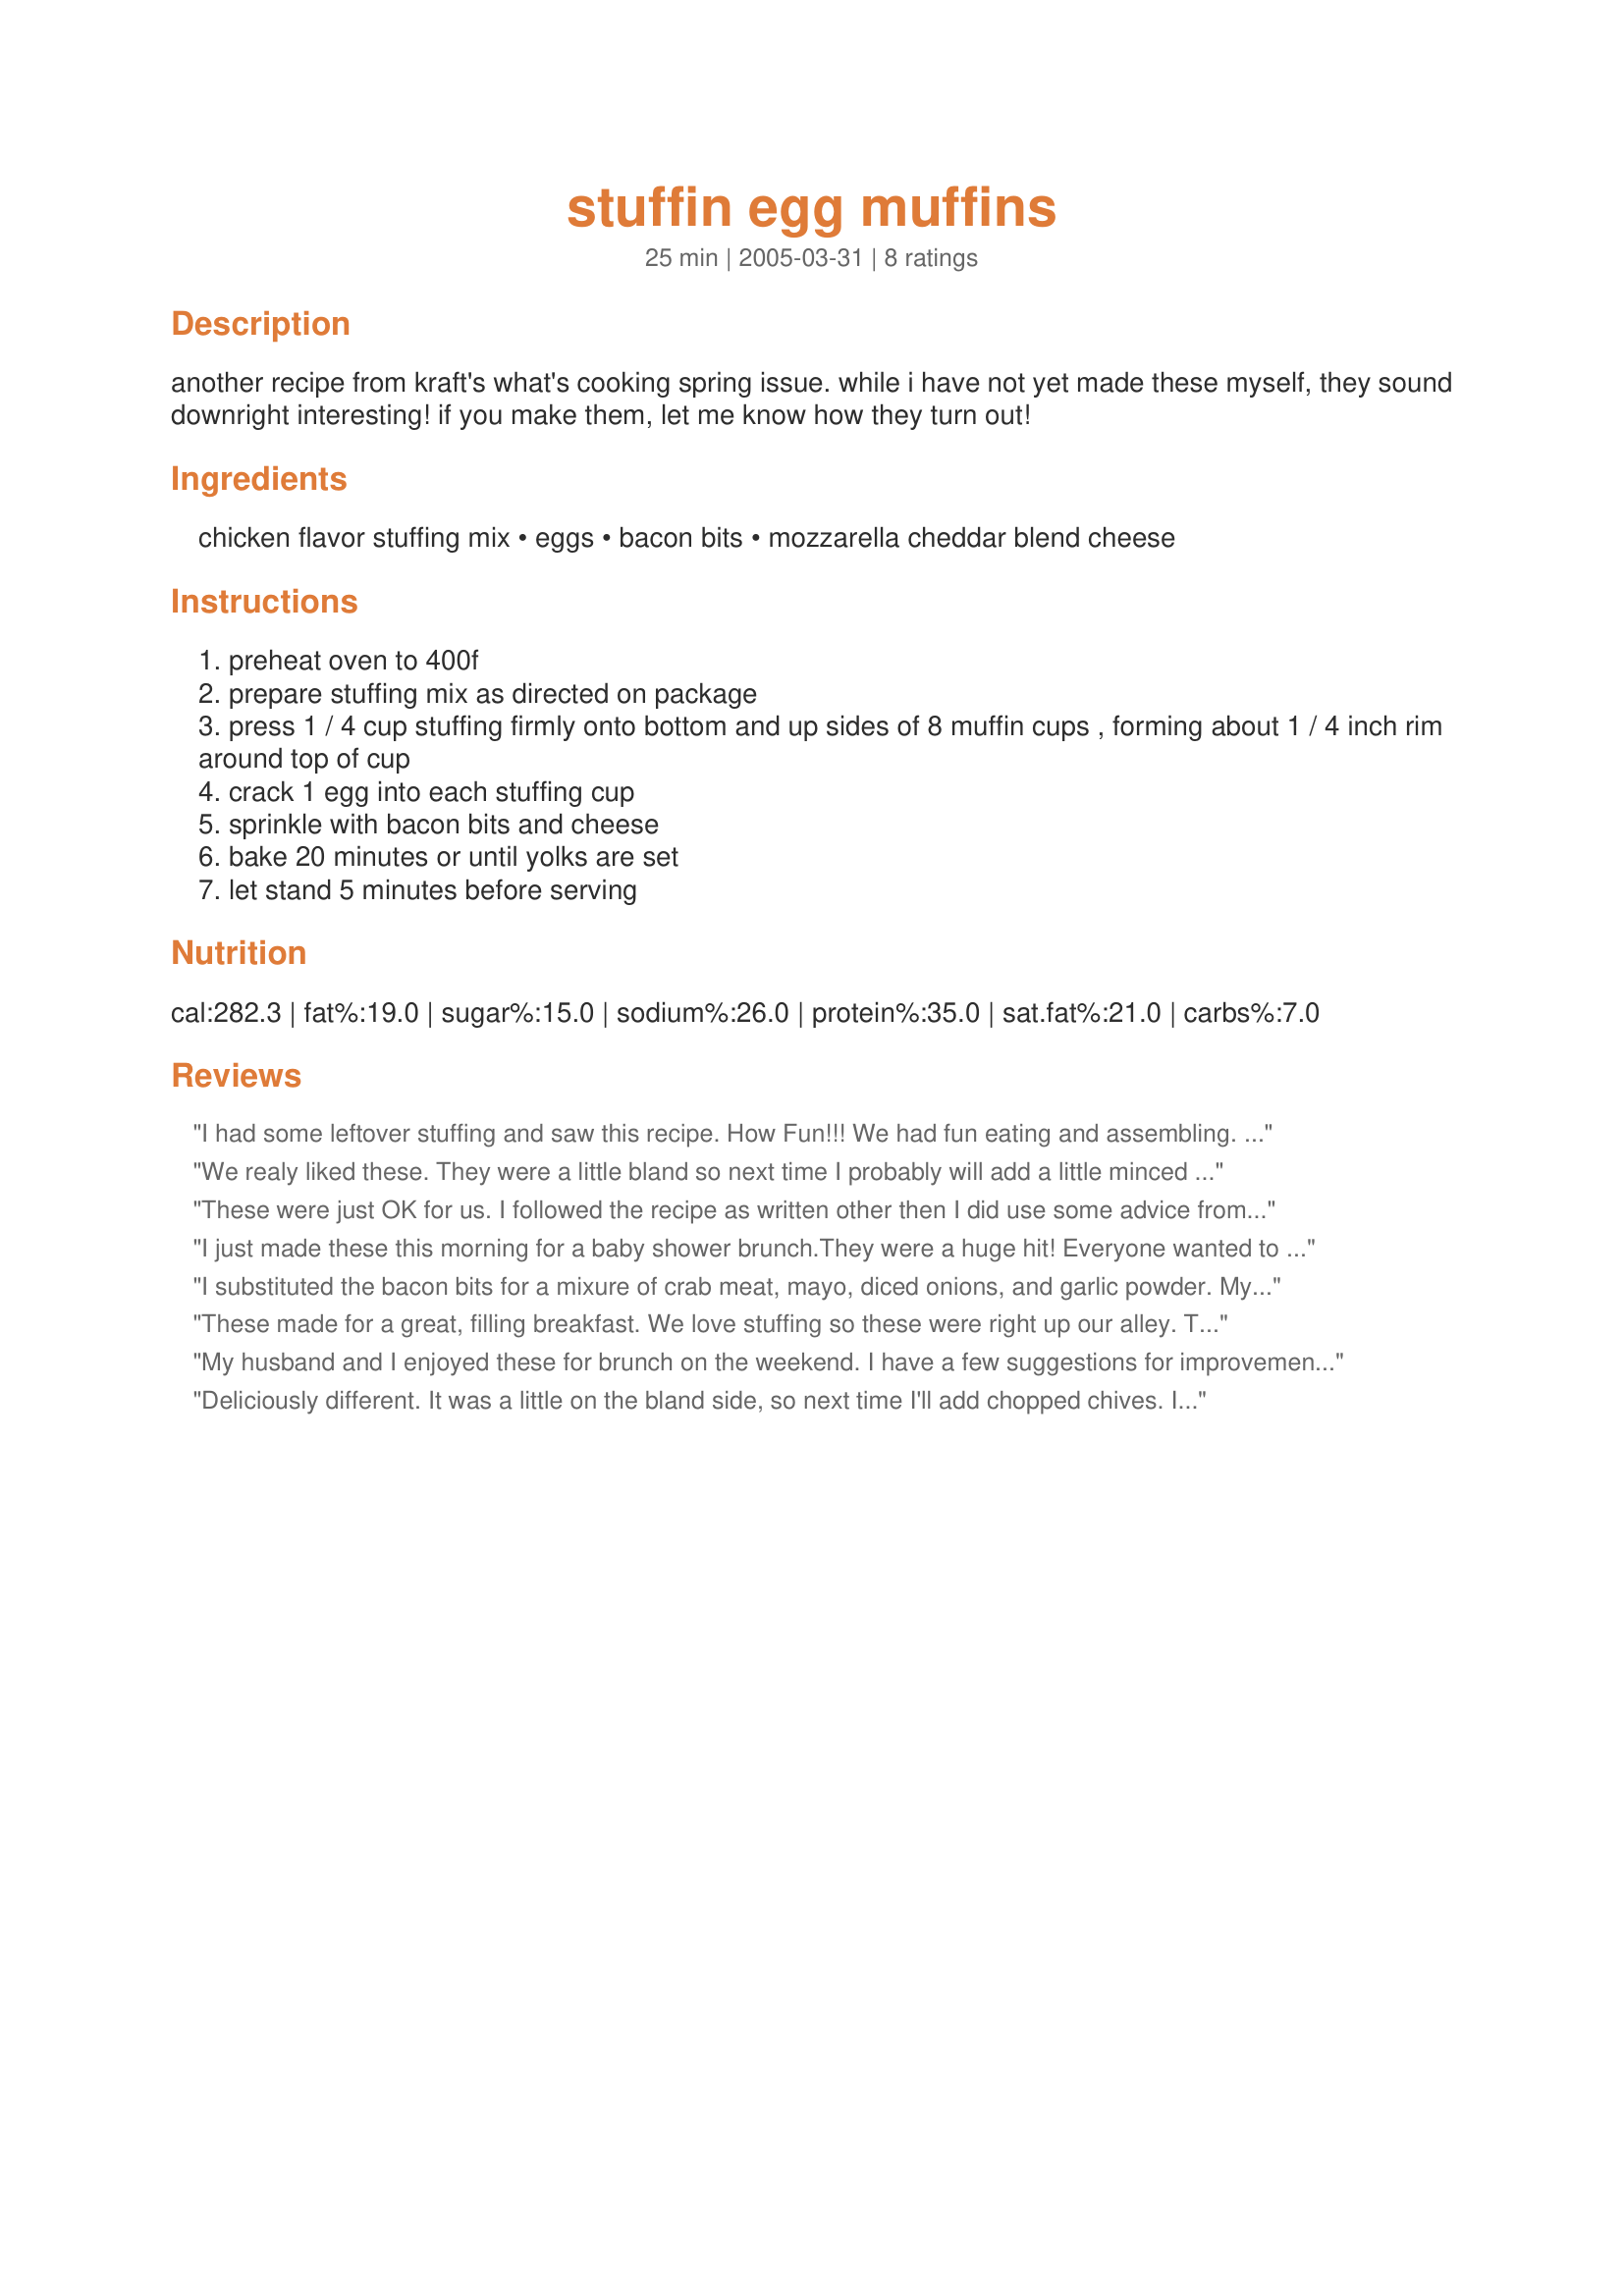
stuffin egg muffins
Preparation time: 25 minutes

another recipe from kraft's what's cooking spring issue. while i have not yet made these myself, they sound downright interesting! if you make them, let me know how they turn out!

Ingredients:
chicken flavor stuffing mix, eggs, bacon bits, mozzarella cheddar blend cheese

Steps:
preheat oven to 400f
prepare stuffing mix as directed on package
press 1 / 4 cup stuffing firmly onto bottom and up sides of 8 muffin cups , forming about 1 / 4 inch rim around top of cup
crack 1 egg into each stuffing cup
sprinkle with bacon bits and cheese
bake 20 minutes or until yolks are set
let stand 5 minutes before serving

Reviews:
I had some leftover stuffing and saw this recipe. How Fun!!! We had fun eating and assembling. I love the presentation and who can have enough stuffing.
We realy liked these. They were a little bland so next time I probably will add a little minced onion. Overall a keeper!
These were just OK for us. I followed the recipe as written other then I did use some advice from other reviewers. I only used 5 XL large eggs and a scrambled them in a bowl. I added the bacon and cheese to the egg mixture. Since others complained they were plain, I used cheddar cheese and salt and pepper. Mine made eight muffins but if I would make them again, I would make 12 muffins (I would put less stuffing in each cup) as we thought they had too much stuffing and not enough egg.
I just made these this morning for a baby shower brunch.They were a huge hit! Everyone wanted to know what the "yummy crust" was made of. Luckily, I brought the recipe so they could all copy it. These were so, so, so easy to make. The egg, cheese and bacon with the savory stuffing mix was a perfect blend of flavors...even my picky two-year-old loved it! I also made a vegetarian version with chopped green, red and yellow bell peppers which were also out of this world!
I substituted the bacon bits for a mixure of crab meat, mayo, diced onions, and garlic powder. My boyfriend went absolutely nuts for them. He suggested having them for breakfast with some sausage instead of crab meat, and gravy drizzed over them.
These made for a great, filling breakfast. We love stuffing so these were right up our alley. The only change I made was to add some diced onion as other reviewers suggested. Thanks for the recipe Mel T!
My husband and I enjoyed these for brunch on the weekend. I have a few suggestions for improvements. Next time I make them, I will only use five or six eggs, since my cups were full to overflowing. Also, I will beat the eggs together with the bacon, and will add salt and pepper and maybe onion or garlic powder, since we found them a little bland aside from the stuffing crust. Overall, a very good recipe - easy and quick to prepare. We'll definitely have these again !
Deliciously different. It was a little on the bland side, so next time I'll add chopped chives. I made only 6 of these, used my new Silicone cupcake pan and it seemed deeper than regular, didn't even have any stuffing left over.
Thank You MelT!
